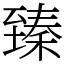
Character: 臻